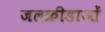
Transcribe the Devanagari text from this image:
जलक्रीडाओं